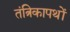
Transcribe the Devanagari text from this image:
तंत्रिकापथों